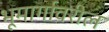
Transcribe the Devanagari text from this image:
भूमार्गावरील